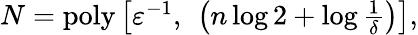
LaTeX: \begin{array}{r}{N=\mathrm{poly}\left[\varepsilon^{-1},\ \left(n\log 2+\log\frac{1}{\delta}\right)\right],}\end{array}